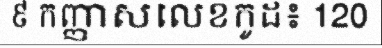
៩ កញ្ញាសលេខកូដ៖ 120